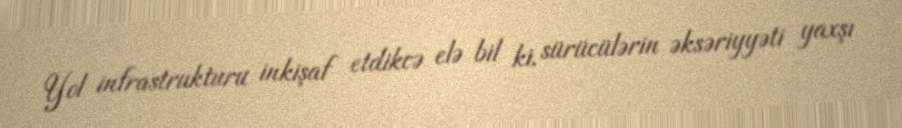
Yol infrastrukturu inkişaf etdikcə elə bil ki, sürücülərin əksəriyyəti yaxşı